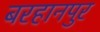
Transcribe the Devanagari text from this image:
बरहानपुर